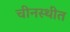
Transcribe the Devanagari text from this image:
चीनस्थीत